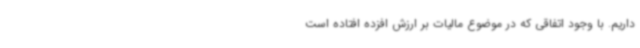
داریم. با وجود اتفاقی که در موضوع مالیات بر ارزش افزده افتاده است